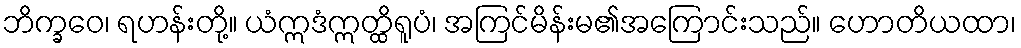
ဘိက္ခဝေ၊ ရဟန်းတို့။ ယံဣဒံဣတ္ထိရူပံ၊ အကြင်မိန်းမ၏အကြောင်းသည်။ ဟောတိယထာ၊